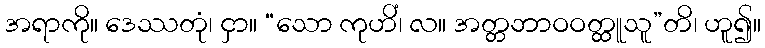
အရာကို။ ဒေဿတုံ၊ ငှာ။ “သော ကုဟိံ၊ လ။ အတ္တဘာဝဝတ္ထူသူ”တိ၊ ဟူ၍။